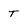
Character: t